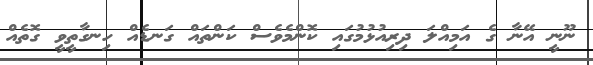
ނޫނީ އޭނާ ގެ އަމިއްލަ ދިރިއުޅުމުގައި ކޮންމެވެސް ކަންތައް ގަނޑެއް ހިނގާތީވީ ގޮތެއް